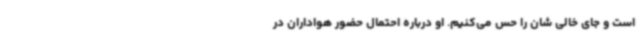
است و جای خالی شان را حس می‌کنیم. او درباره احتمال حضور هواداران در